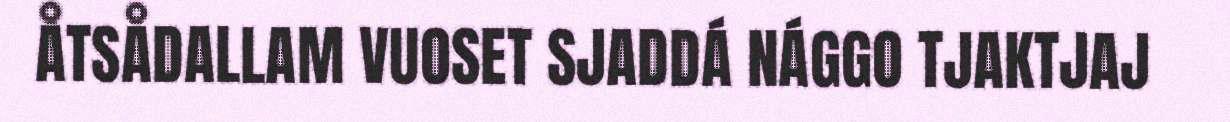
ÅTSÅDALLAM VUOSET SJADDÁ NÁGGO TJAKTJAJ